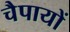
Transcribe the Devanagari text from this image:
चैपायों